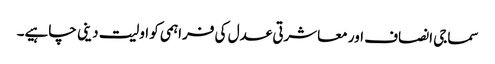
سماجی انصاف اور معاشرتی عدل کی فراہمی کو اولیت دینی چاہیے۔